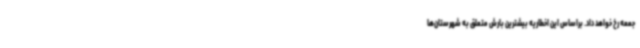
جمعه رخ خواهد داد. براساس این اخطاریه بیشترین بارش متعلق به شهرستان‌ها